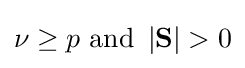
\nu \geq p{\text{ and }}\left|\mathbf {S} \right|>0